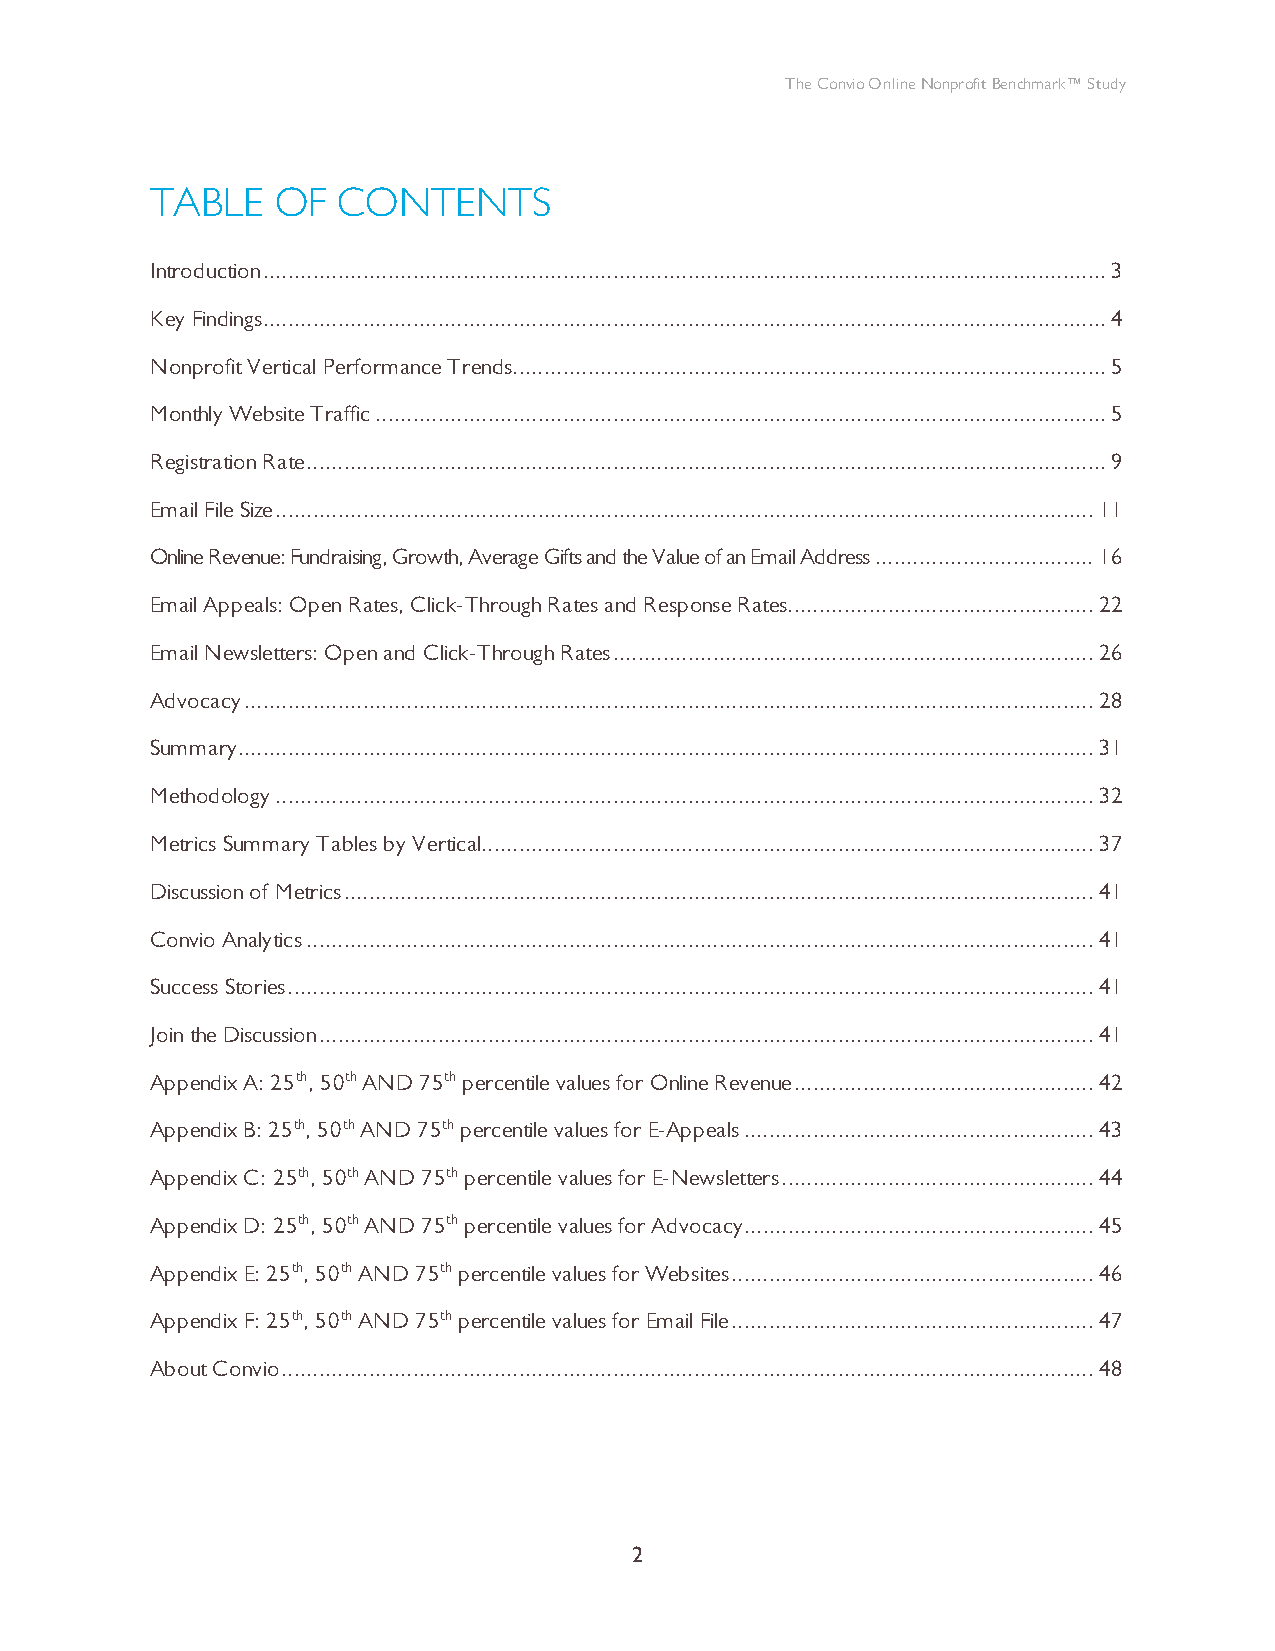
The Convio Online Nonprofit Benchmark™ Study
 TABLE   OF  CONTENTS
 Introduction.......................................................................................................................................3
 Key Findings.......................................................................................................................................4
 Nonprofit Vertical Performance Trends...............................................................................................5
 Monthly Website Traffic.....................................................................................................................5
 Registration Rate................................................................................................................................9
 Email File Size...................................................................................................................................11
 Online Revenue: Fundraising, Growth, Average Gifts and the Value of an Email Address...................................16
 Email Appeals: Open Rates, Click-Through Rates and Response Rates.................................................22
 Email Newsletters: Open and Click-Through Rates.............................................................................26
 Advocacy........................................................................................................................................28
 Summary.........................................................................................................................................31
 Methodology...................................................................................................................................32
 Metrics Summary Tables by Vertical..................................................................................................37
 Discussion of Metrics........................................................................................................................41
 Convio Analytics..............................................................................................................................41
 Success Stories.................................................................................................................................41
 Join the Discussion............................................................................................................................41
 Appendix A: 25th, 50th AND 75th percentile values for Online Revenue................................................42
 Appendix B: 25th, 50th AND 75th percentile values for E-Appeals........................................................43
 Appendix C: 25th, 50th AND 75th percentile values for E-Newsletters..................................................44
 Appendix D: 25th, 50th AND 75th percentile values for Advocacy........................................................45
 Appendix E: 25th, 50th AND 75th percentile values for Websites..........................................................46
 Appendix F: 25th, 50th AND 75th percentile values for Email File..........................................................47
 About Convio..................................................................................................................................48
 2